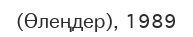
(Өлеңдер), 1989